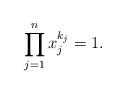
LaTeX: \begin{gather*} \prod_{j=1}^n x_j^{k_j}=1. \end{gather*}